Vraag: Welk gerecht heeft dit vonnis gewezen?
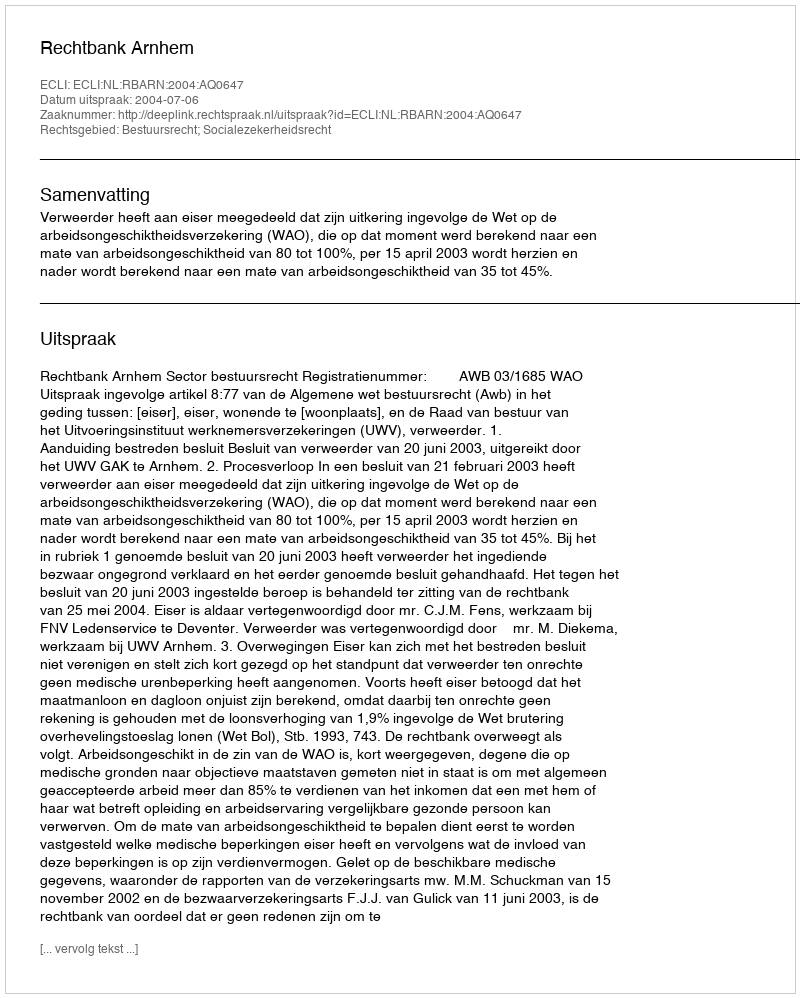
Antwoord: Rechtbank Arnhem